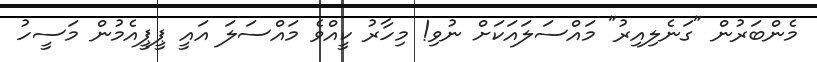
މެންބަރުން "ގަނެލިއިރު" މައްސަލައަކަށް ނުވި! މިހާރު ކީއްވެ މައްސަލަ އައީ ޕީޕީއެމުން މަސީހު